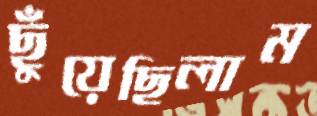
ছুঁয়েছিলাম